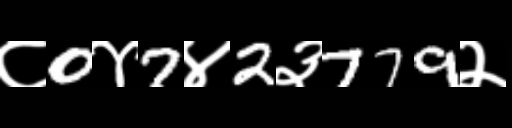
Text: ८0४7४2३779२